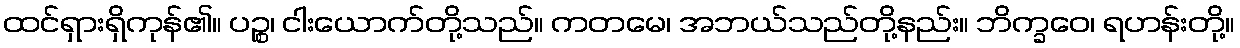
ထင်ရှားရှိကုန်၏။ ပဉ္စ၊ ငါးယောက်တို့သည်။ ကတမေ၊ အဘယ်သည်တို့နည်း။ ဘိက္ခဝေ၊ ရဟန်းတို့။